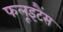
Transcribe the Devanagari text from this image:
फलूइटैंस